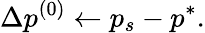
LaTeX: \Delta p^{(0)}\gets p_{s}-p^{*}.